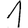
Digit: 1